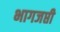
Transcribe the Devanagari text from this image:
भागजप्ती